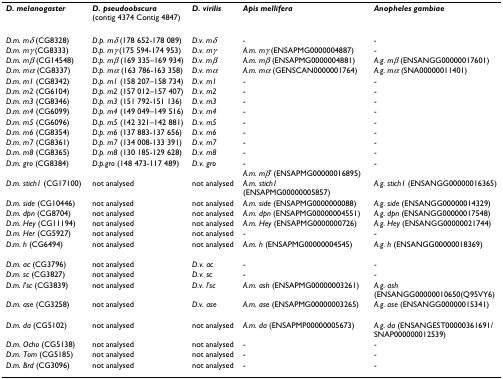
<table><thead><tr><td><b><i>D. melanogaster</i></b></td><td><b><i>D. pseudoobscura </i>(contig 4374 Contig 4847)</b></td><td><b><i>D. virilis</i></b></td><td><b><i>Apis mellifera</i></b></td><td><b><i>Anopheles gambiae</i></b></td></tr></thead><tbody><tr><td><i>D.m. mδ </i>(CG8328)</td><td><i>D.p. mδ </i>(178 652-178 089)</td><td><i>D.v. mδ</i></td><td><i>-</i></td><td><i>-</i></td></tr><tr><td><i>D.m. mγ </i>(CG8333)</td><td><i>D.p. mγ </i>(175 594-174 953)</td><td><i>D.v. mγ</i></td><td><i>A.m. mγ </i>(ENSAPMG0000004887)</td><td>-</td></tr><tr><td><i>D.m. mβ </i>(CG14548)</td><td><i>D.p. mβ </i>(169 335–169 934)</td><td><i>D.v. mβ</i></td><td><i>A.m. mβ </i>(ENSAPMG0000004881)</td><td><i>A.g. mβ </i>(ENSANGG00000017601)</td></tr><tr><td><i>D.m. mα </i>(CG8337)</td><td><i>D.p. mα </i>(163 786-163 358)</td><td><i>D.v. mα</i></td><td><i>A.m. mα </i>(GENSCAN0000001764)</td><td><i>A.g. mα </i>(SNA00000011401)</td></tr><tr><td><i>D.m. m1 </i>(CG8342)</td><td><i>D.p. m1 </i>(158 207–158 734)</td><td><i>D.v. m1</i></td><td>-</td><td>-</td></tr><tr><td><i>D.m. m2 </i>(CG6104)</td><td><i>D.p. m2 </i>(157 012–157 407)</td><td><i>D.v. m2</i></td><td>-</td><td>-</td></tr><tr><td><i>D.m. m3 </i>(CG8346)</td><td><i>D.p. m3 </i>(151 792-151 136)</td><td><i>D.v. m3</i></td><td>-</td><td>-</td></tr><tr><td><i>D.m. m4 </i>(CG6099)</td><td><i>D.p. m4 </i>(149 049–149 516)</td><td><i>D.v. m4</i></td><td>-</td><td>-</td></tr><tr><td><i>D.m. m5 </i>(CG6096)</td><td><i>D.p. m5 </i>(142 321–142 881)</td><td><i>D.v. m5</i></td><td>-</td><td>-</td></tr><tr><td><i>D.m. m6 </i>(CG8354)</td><td><i>D.p. m6 </i>(137 883-137 656)</td><td><i>D.v. m6</i></td><td>-</td><td>-</td></tr><tr><td><i>D.m. m7 </i>(CG8361)</td><td><i>D.p. m7 </i>(134 008-133 391)</td><td><i>D.v. m7</i></td><td>-</td><td>-</td></tr><tr><td><i>D.m. m8 </i>(CG8365)</td><td><i>D.p. m8 </i>(130 185-129 628)</td><td><i>D.v. m8</i></td><td>-</td><td>-</td></tr><tr><td><i>D.m. gro </i>(CG8384)</td><td><i>D.p.gro </i>(148 473-117 489)</td><td><i>D.v. gro</i></td><td>-</td><td>-</td></tr><tr><td>[EMPTY_CELL]</td><td>[EMPTY_CELL]</td><td>[EMPTY_CELL]</td><td><i>A.m. mβ' </i>(ENSAPMG00000016895)</td><td>[EMPTY_CELL]</td></tr><tr><td><i>D.m. stich1 </i>(CG17100)</td><td>not analysed</td><td>not analysed</td><td><i>A.m. stich1 </i>(ENSAPMG00000005857)</td><td><i>A.g. stich1 </i>(ENSANGG00000016365)</td></tr><tr><td><i>D.m. side </i>(CG10446)</td><td>not analysed</td><td>not analysed</td><td><i>A.m. side </i>(ENSAPMG0000000088)</td><td><i>A.g. side </i>(ENSANGG00000014329)</td></tr><tr><td><i>D.m. dpn </i>(CG8704)</td><td>not analysed</td><td>not analysed</td><td><i>A.m. dpn </i>(ENSAPMG00000004551)</td><td><i>A.g. dpn </i>(ENSANGG00000017548)</td></tr><tr><td><i>D.m. Hey </i>(CG11194)</td><td>not analysed</td><td>not analysed</td><td><i>A.m. Hey </i>(ENSAPMG0000000726)</td><td><i>A.g. Hey </i>(ENSANGG00000021744)</td></tr><tr><td><i>D.m. Her </i>(CG5927)</td><td>not analysed</td><td>not analysed</td><td>-</td><td>-</td></tr><tr><td><i>D.m. h </i>(CG6494)</td><td>not analysed</td><td>not analysed</td><td><i>A.m. h </i>(ENSAPMG00000004545)</td><td><i>A.g. h </i>(ENSANGG00000018369)</td></tr><tr><td><i>D.m. ac </i>(CG3796)</td><td>not analysed</td><td><i>D.v. ac</i></td><td>-</td><td>-</td></tr><tr><td><i>D.m. sc </i>(CG3827)</td><td>not analysed</td><td><i>D.v. sc</i></td><td>-</td><td>-</td></tr><tr><td><i>D.m. l'sc </i>(CG3839)</td><td>not analysed</td><td><i>D.v. l'sc</i></td><td><i>A.m. ash </i>(ENSAPMG00000003261)</td><td><i>A.g. ash </i>(ENSANGG00000010650(Q95VY6)</td></tr><tr><td><i>D.m. ase </i>(CG3258)</td><td>not analysed</td><td><i>D.v. ase</i></td><td><i>A.m. ase </i>(ENSAPMG00000003265)</td><td><i>A.g. ase </i>(ENSANGG00000015341)</td></tr><tr><td><i>D.m. da </i>(CG5102)</td><td>not analysed</td><td>not analysed</td><td><i>A.m. da </i>(ENSAPMP00000005673)</td><td><i>A.g. da </i>(ENSANGEST00000361691/SNAP000000012539)</td></tr><tr><td><i>D.m. Ocho </i>(CG5138)</td><td>not analysed</td><td>not analysed</td><td>-</td><td>-</td></tr><tr><td><i>D.m. Tom </i>(CG5185)</td><td>not analysed</td><td>not analysed</td><td>-</td><td>-</td></tr><tr><td><i>D.m. Brd </i>(CG3096)</td><td>not analysed</td><td>not analysed</td><td>-</td><td>-</td></tr></tbody></table>